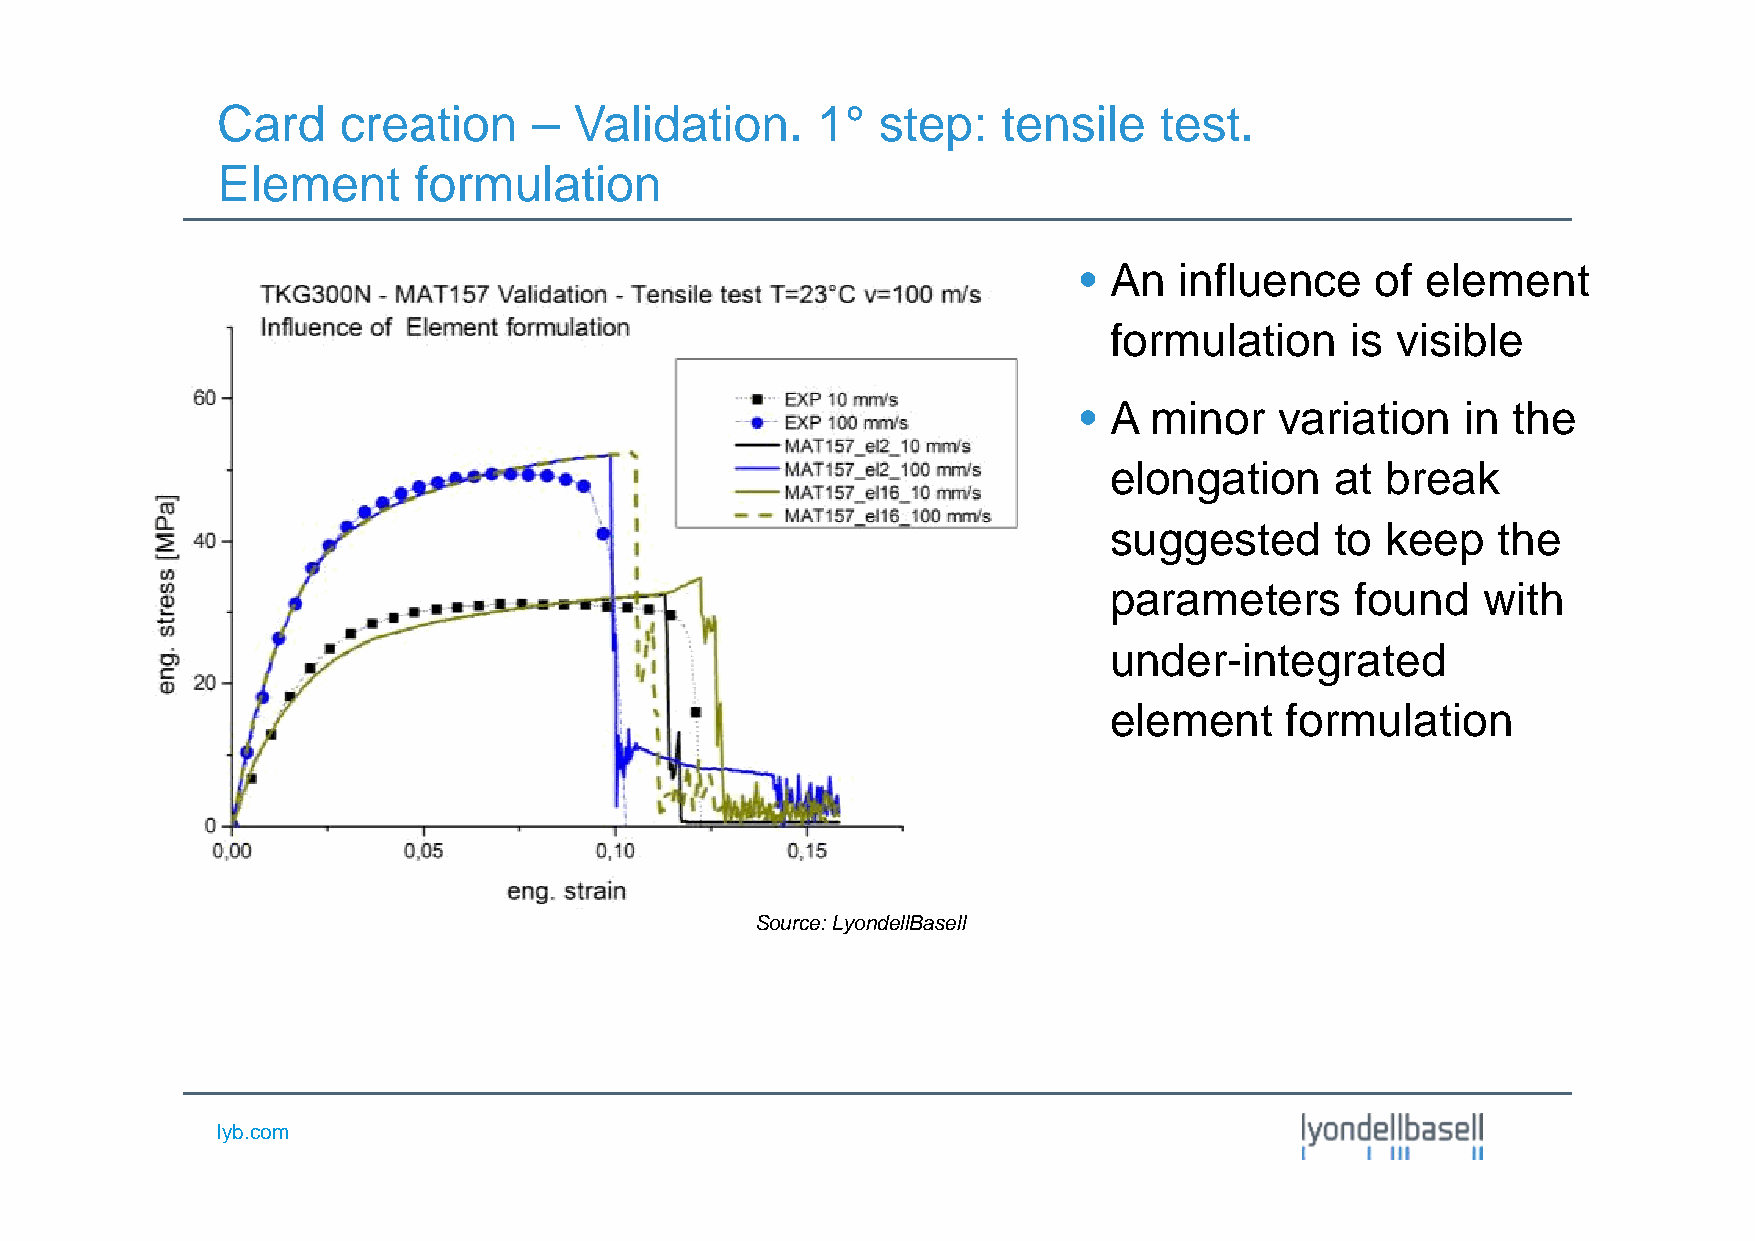
Card    creation     –  Validation.     1°  step:   tensile    test.
 Element      formulation
 • An   influence    of element
 formulation     is visible
 • A  minor    variation   in the
 elongation     at  break
 suggested      to  keep   the
 parameters       found   with
 under-integrated
 element     formulation
 Source:LyondellBasell
 lyb.com